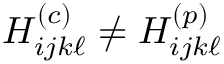
H _ { i j k \ell } ^ { ( c ) } \neq H _ { i j k \ell } ^ { ( p ) }